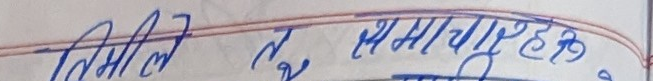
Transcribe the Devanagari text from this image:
तिमीले त समाचारहरु